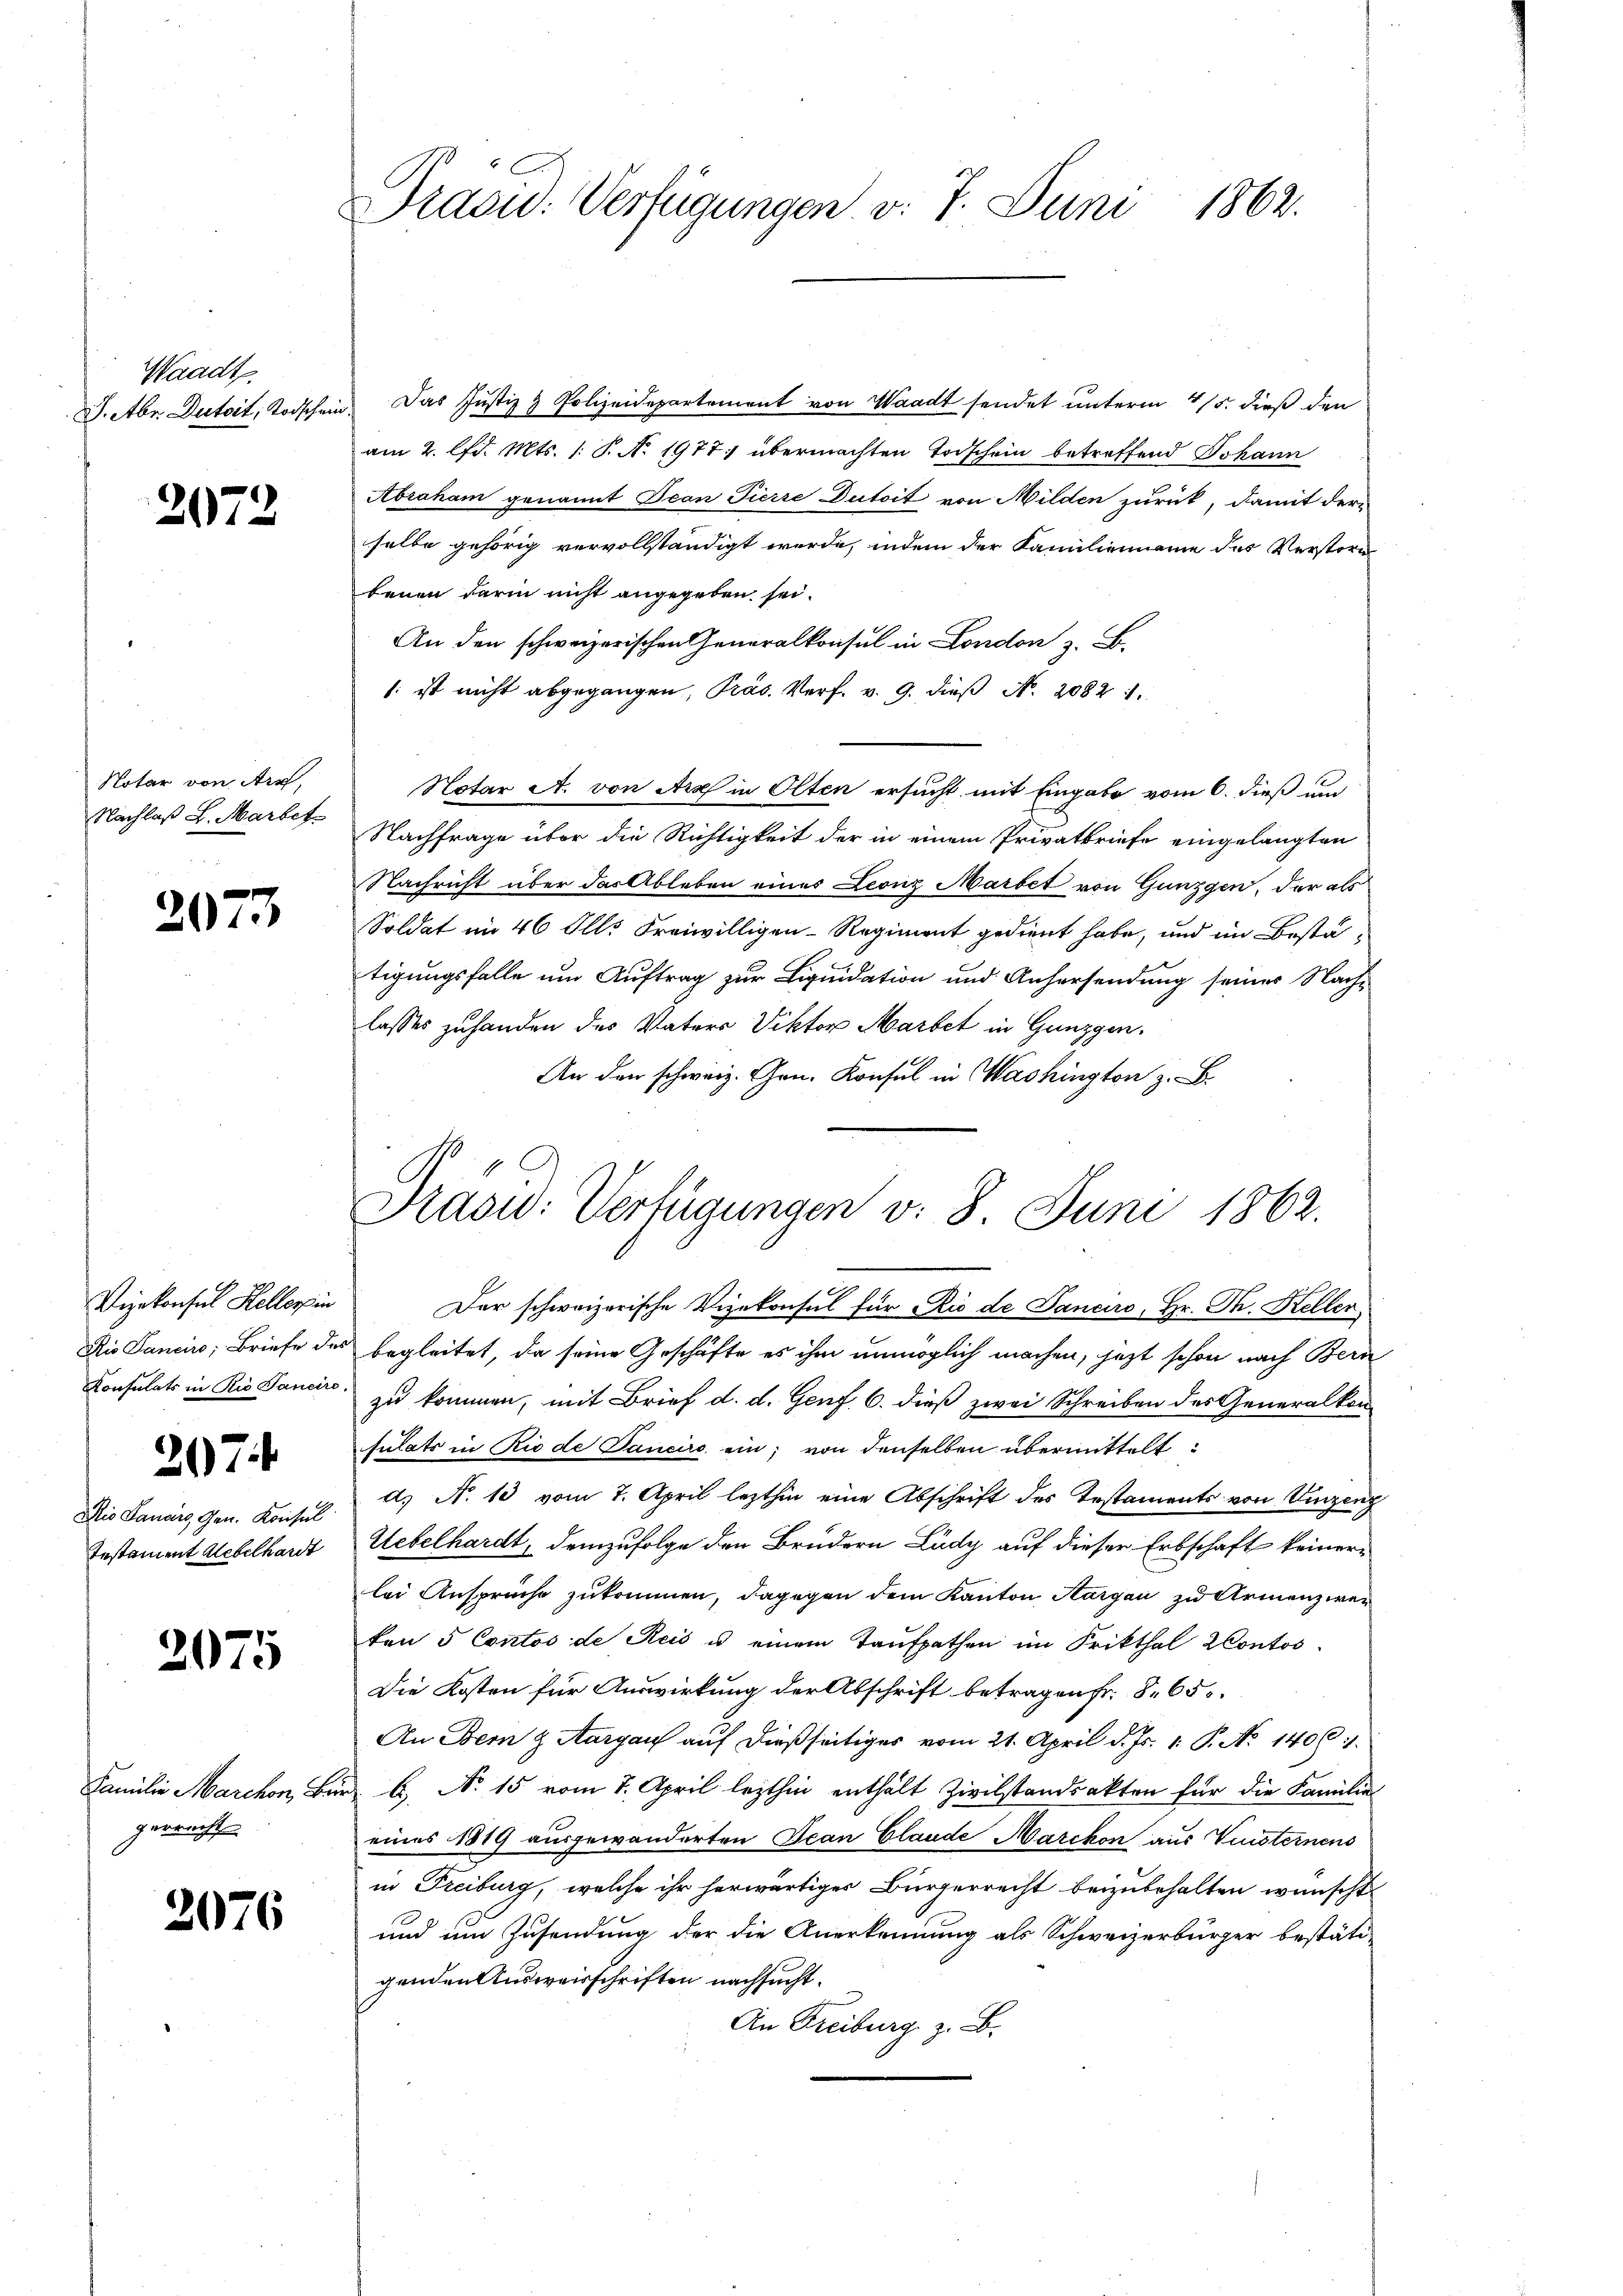
Waadt
S.Abr. Dutoit, Todschen

2072

Notar von Arx,
Nachlaß L. Marbet

2077

Konsulats in Rio Sancire

207

Dio Sanarg, Gen. Konsul
Instament Uebelhardt

2075

Familie Marchon, Be
gerrecht

3076

Präsid. Verfügungen v. 7. Juni 1862.

Das Justiz & Polizeidepartement von Waadt sendet unterm 4/5. dieß den
am 2. lfd. Mts. 1: P. No 1977) übermachten Todschein betreffend Johann
Abraham genannt Tean Pierre Dutoit von Milden zurück, damit der-
selbe gehörig vervollständigt werde, indem der Familienname des Verstern
benen darin nicht angegeben sei.
An den schweizerischen Generalkonsul in London z. B.
/ ist nicht abgegangen, Präs. Verf. v. 9. dieß N. 2082 1
Notar A. von Art in Olten ersucht mit Eingabe vom 6. dieß un
Nachfrage über die Richtigkeit der in einem Privatbriefe eingelangten
Nachricht über das Ableben eines Leonz Marbet von Gunzgen, der als
Soldat im 46 Ill. Freiwilligen-Regiment gedient habe, und im Bestätigungsfalle um Auftrag zur Liquidation und Anhersendung seiner Nach-
lasses zuhanden des Vaters Viktor Martet in Ganzgen.
.. Kai
Vizekonsul Hellerin der schweizerische Vizekonsul für Rio de Sanciro, Hr. Th. Kellen
Rio Sanciro, Briefe des begleitet, da seine Geschäfte es ihm unmöglich machen, jezt schon nach Bern
zu kommen, mit Brief d. d. Genf. 6. dieß zwei Schreiben des Generalkon
sulats in Rio de Danciro ein; von denselben übermittelt:
d. N. 10 vom 7. April lezthin eine Abschrift des Testaments von Vinzeng
Uebelhardt, demzufolge den Brüdern Ludy auf dieser Erbschaft keiner
lei Anspruche zukommen, dagegen dem Kanton Aargau zu Armenzwei
ken 5 Contos de Reis u einem Taufpathen im Frikthal Contos-
Die Kosten für Auswirkung der Abschrift betragen Fr. 865.
An Dein & Aargau auf dießseitiges vom 21. April d. Js. 1. P. No 1406.
u b. No 15 vom 7. April lezthin enthält Zivilstandsakten für die Familie
eines 1819 ausgewanderten Jean Claude Marchon aus Versternens
in Freiburg, welche ihr herwärtiges Bürgerrecht beizubehalten wünscht
und um Zusendung der die Anerkennung als Schweizerbürger bestäti-
genden Ausweisschriften nachsucht.
An Freiburg z. B.

Prasw: Verfügungen v. 8. Juni 1862.